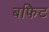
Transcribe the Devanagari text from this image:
बफिट